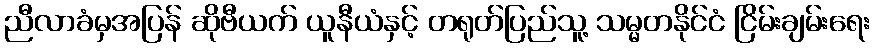
ညီလာခံမှအပြန် ဆိုဗီယက် ယူနီယံနှင့် တရုတ်ပြည်သူ့ သမ္မတနိုင်ငံ ငြိမ်းချမ်းရေး